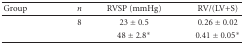
<table><thead><tr><td><b> Group</b></td><td><b><i>n</i></b></td><td><b>RVSP (mmHg)</b></td><td><b>RV/(LV+S)</b></td></tr></thead><tbody><tr><td>[EMPTY_CELL]</td><td>8</td><td>23 ± 0.5</td><td>0.26 ± 0.02</td></tr><tr><td>[EMPTY_CELL]</td><td>[EMPTY_CELL]</td><td>48 ± 2.8*</td><td>0.41 ± 0.05*</td></tr></tbody></table>